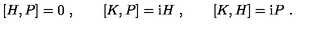
[ H , P ] = 0 \ , \qquad [ K , P ] = \mathrm { i } H \ , \qquad [ K , H ] = \mathrm { i } P \ .